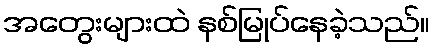
အတွေးများထဲ နစ်မြုပ်နေခဲ့သည်။